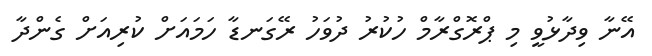
އޭނާ ވިދާޅުވީ މި ޕްރޮގްރާމް ހުކުރު ދުވަހު ރޭގަނޑާ ހަމައަށް ކުރިއަށް ގެންދާ